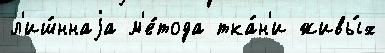
л'иш́ннаjа м'е́тода тка́н'и живы́х